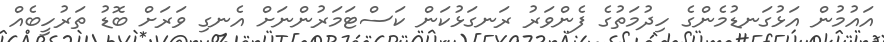
އައުމުން އަޅުގަނޑުމެންގެ ހިދުމަތުގެ ފެންވަރު ރަނގަޅުކަން ކަސްޓަމަރުންނަށް އެނގި ވަރަށް ބޮޑު ތަރުހީބެއް